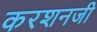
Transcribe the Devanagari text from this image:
करशनजी